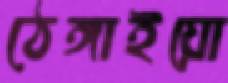
ঠেঙ্গাইয়ো